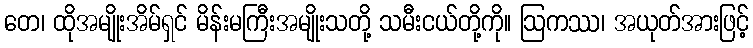
တေ၊ ထိုအမျိုးအိမ်ရှင် မိန်းမကြီးအမျိုးသတို့ သမီးငယ်တို့ကို။ ဩကဿ၊ အယုတ်အားဖြင့်